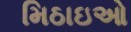
મિઠાઇઓ